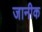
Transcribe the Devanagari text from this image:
जानीक